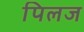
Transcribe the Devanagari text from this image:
पिलज